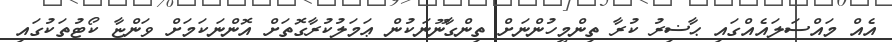
އެއް މައްސަލައެއްގައި ޙާޟިރު ކުރާ ތިންމީހުންނަށް ތިންގާނޫނަކުން ޢަމަލުކުރާގޮތަށް އޮންނަކަމަށް ވަންޏާ ކޯޓުތަކުގައި